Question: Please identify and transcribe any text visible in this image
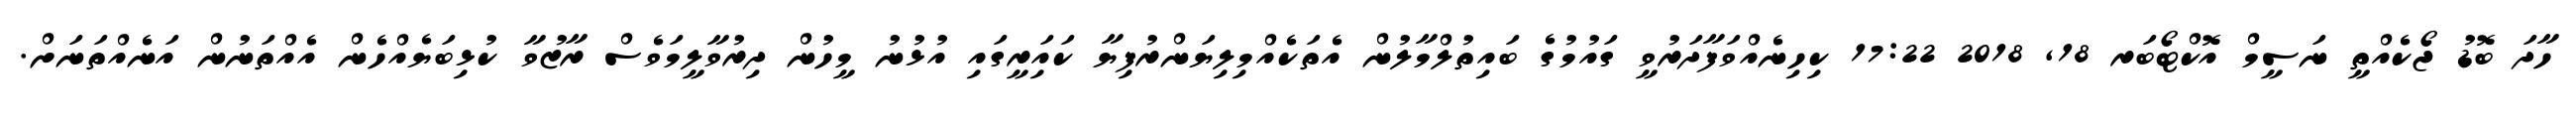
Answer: ހާދަ ބޮޑު ޖޯކެއްތީ ނަސީމް އޮކްޓޯބަރ 18, 2018 17:22 ކިހިނެއްވަފާދަރުވީ ގައުމުގެ ބައިތުލްމާލުން އެތަކެއްމިލިޔަންރުފިޔާ ކައަިރީގައި އުޅުނު މީހުން ދިރުވާލީމަވެސް ރާޒުވާ ކުޅިބަޔެއްހެން އެއްތަނުން އަނެއްތަނަށް.